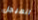
المبجل